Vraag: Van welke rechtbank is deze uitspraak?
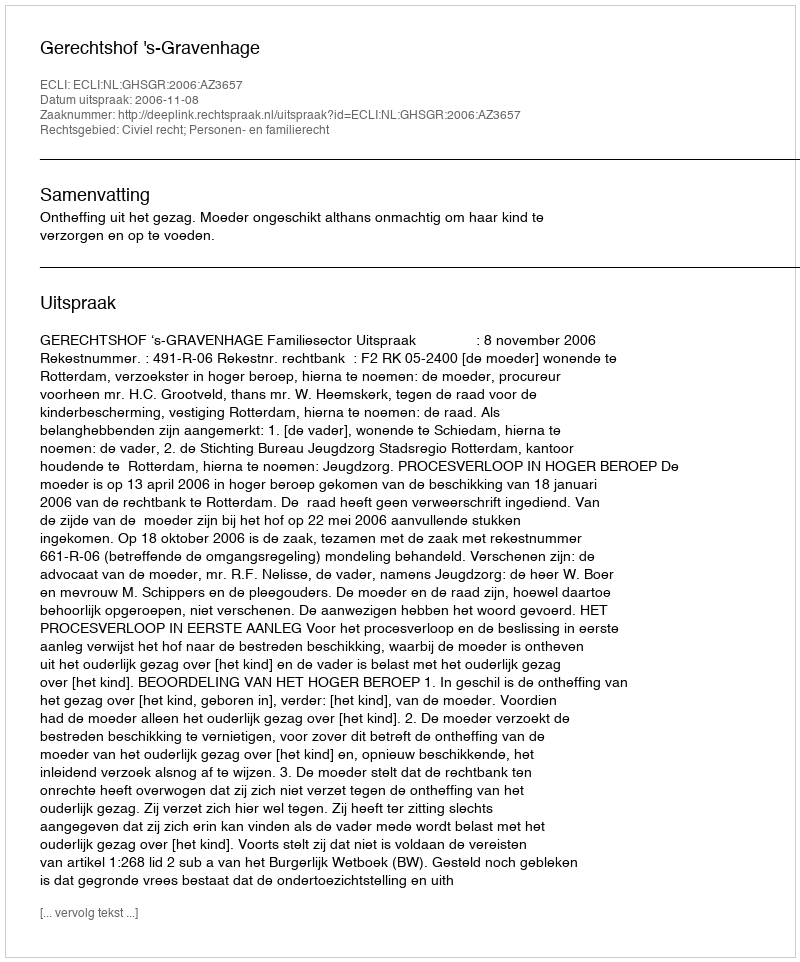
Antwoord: Gerechtshof 's-Gravenhage